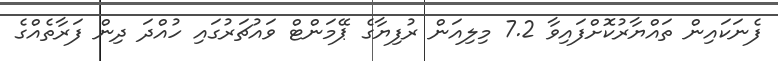
ފެނަކައިން ތައްޔާރުކޮށްފައިވާ 7.2 މިލިއަން ރުފިޔާގެ ޕޭމަންޓް ވައުޗަރުގައި ހުއްދަ ދިން ފަރާތެއްގެ